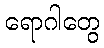
ရောဂါတွေ